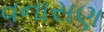
વનાસણ